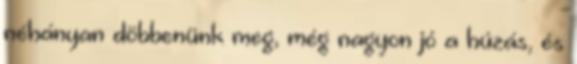
néhányan döbbenünk meg, még nagyon jó a húzás, és